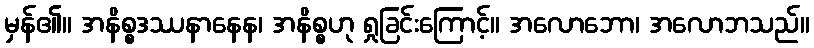
မှန်၏။ အနိစ္စဒဿနာနေန၊ အနိစ္စဟု ရှုခြင်းကြောင့်။ အလောဘော၊ အလောဘသည်။